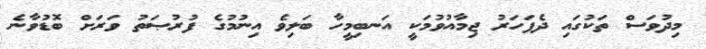
މިދުވަސް ތަކުގައި ދެފަހަރު ޖިމާއުވުމަކީ އަނބިމީހާ ބަލިވެ އިނުމުގެ ފުރުޞަތު ވަރަށް ބޮޑުވާނެ